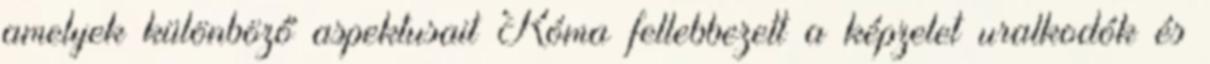
amelyek különböző aspektusait Róma fellebbezett a képzelet uralkodók és